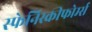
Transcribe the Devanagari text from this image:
स्फेनिस्कीफोर्म्स